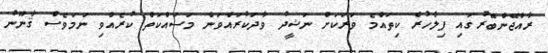
ރާއްޖޭންބޭރުގައި ފިލާހުރެ ކިތައްމެ ވަރަކަށް ނަޝީދު ވާދަކުރައްވަން މަސައްކަތް ކުރެއްވި ނަމަވެސް ޤާނޫނު